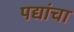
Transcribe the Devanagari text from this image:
पद्यांचा